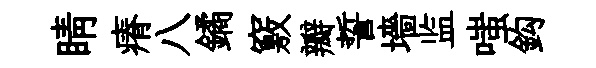
睛瘠八鐍竅瓣誓墻监嗤鈎